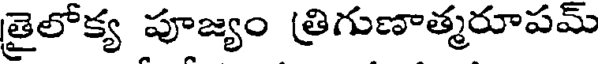
తైలోక్య పూజ్యం (తిగుణాత్మరూపమ్